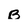
Character: B